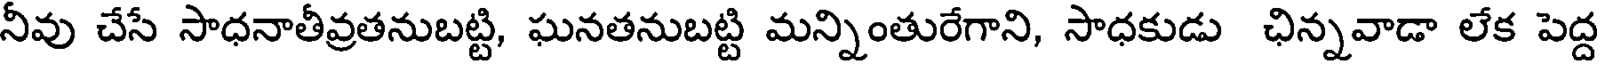
నీవు చేసే సాధనాతీవ్రతనుబట్టి, ఘనతనుబట్టి మన్నింతురేగాని, సాధకుడు ఛిన్నవాడా లేక పెద్ద